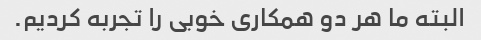
البته ما هر دو همکاری خوبی را تجربه کردیم.